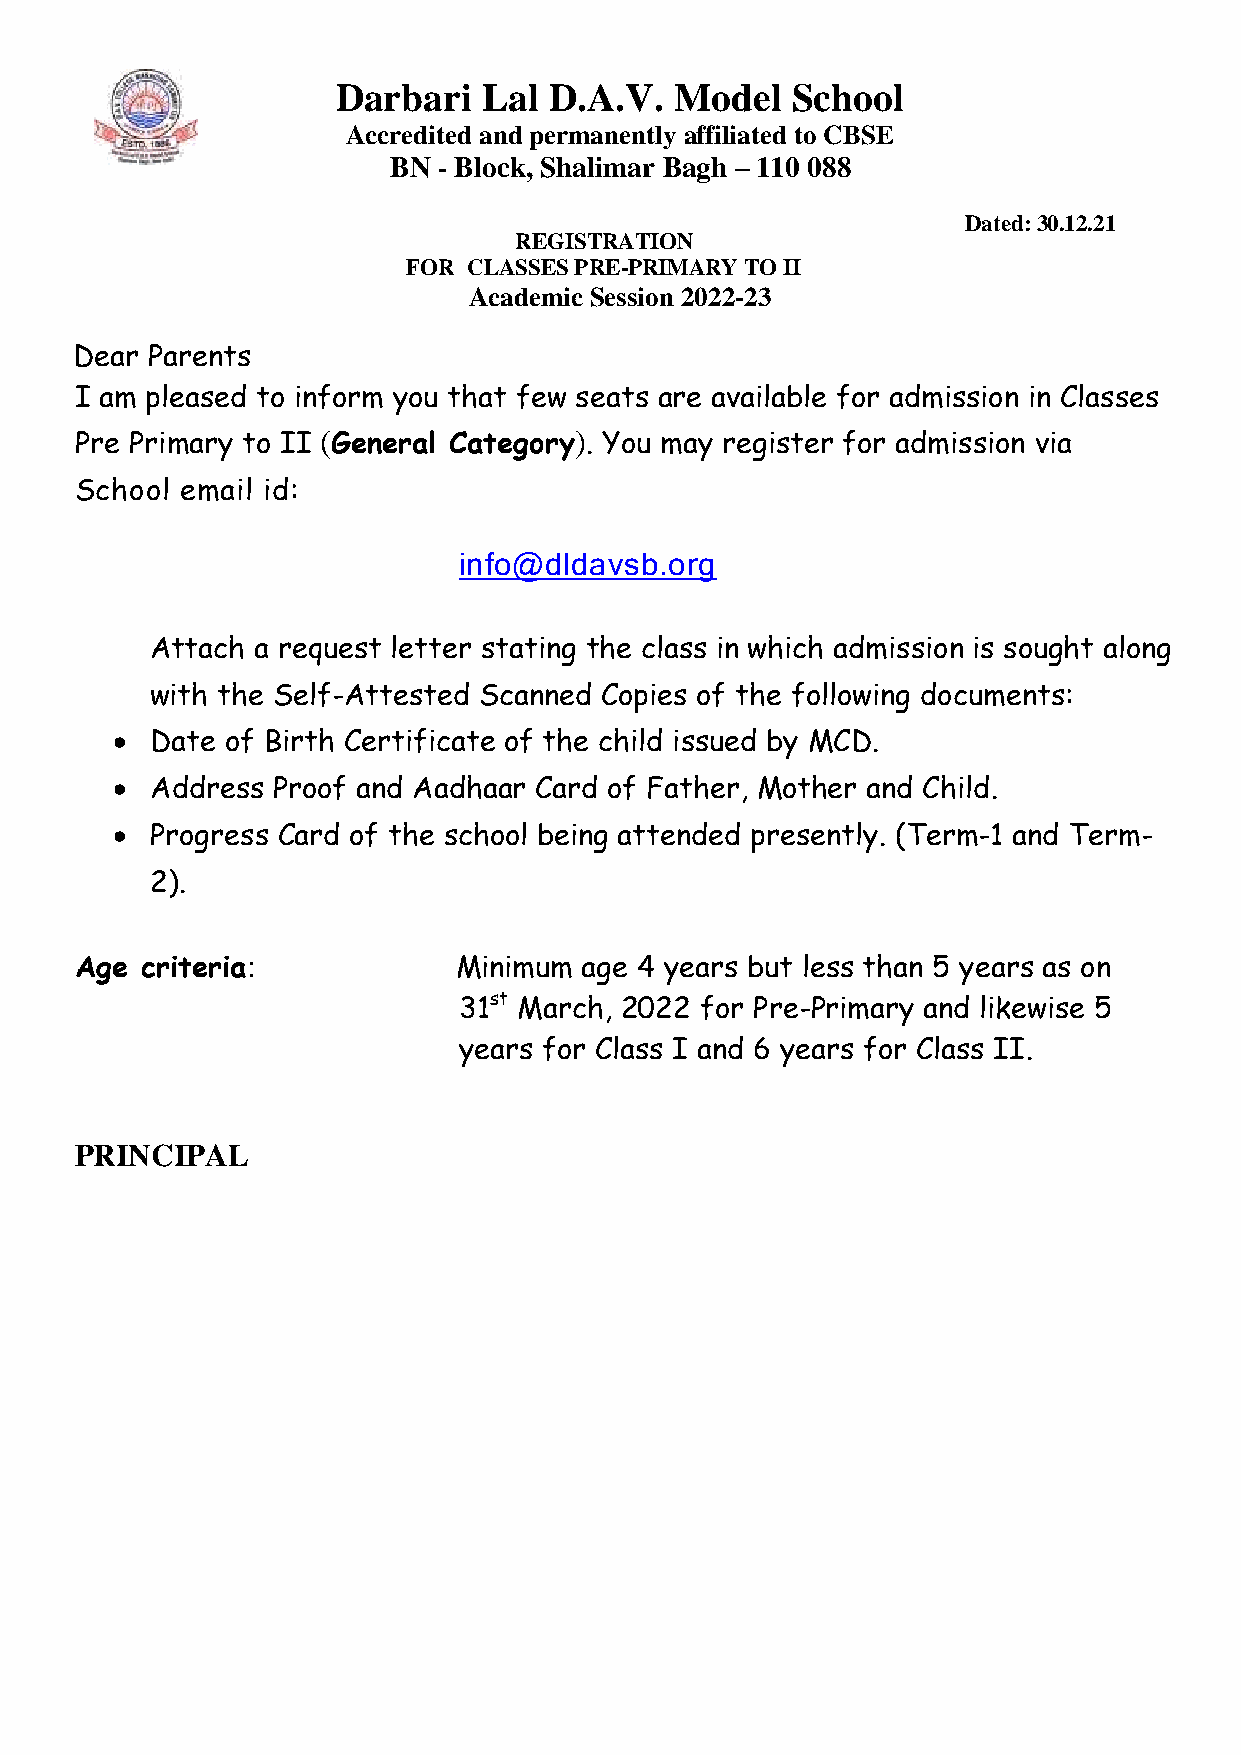
Darbari   Lal D.A.V.   Model  School
 Accredited and permanently affiliated to CBSE
 BN - Block, Shalimar Bagh – 110 088
 Dated: 30.12.21
 REGISTRATION
 FOR CLASSES PRE-PRIMARY TO II
 Academic Session 2022-23
 Dear Parents
 I am pleased to inform you that few seats are available for admission in Classes
 Pre Primary to II (General Category). You may register for admission via
 School email id:
 info@dldavsb.org
 Attach a request letter stating the class in which admission is sought along
 with the Self-Attested Scanned Copies of the following documents:
   Date of Birth Certificate of the child issued by MCD.
   Address Proof and Aadhaar Card of Father, Mother and Child.
   Progress Card of the school being attended presently. (Term-1 and Term-
 2).
 Age criteria:            Minimum  age 4 years but less than 5 years as on
 31st March, 2022 for Pre-Primary and likewise 5
 years for Class I and 6 years for Class II.
 PRINCIPAL